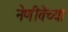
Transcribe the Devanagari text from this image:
नेणीवेच्या